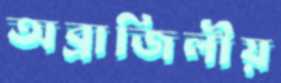
অব্রাজিলীয়